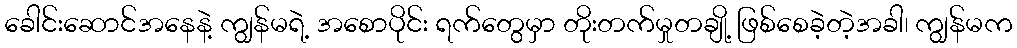
ခေါင်းဆောင်အနေနဲ့ ကျွန်မရဲ့ အစောပိုင်း ရက်တွေမှာ တိုးတက်မှုတချို့ ဖြစ်စေခဲ့တဲ့အခါ၊ ကျွန်မက